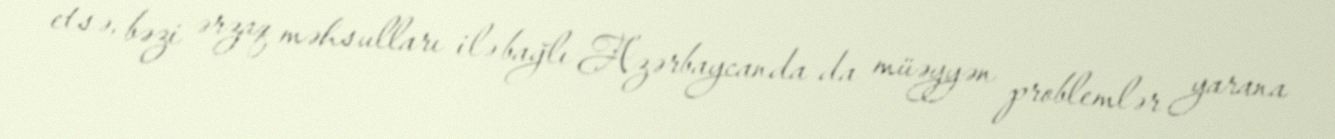
etsə, bəzi ərzaq məhsulları ilə bağlı Azərbaycanda da müəyyən problemlər yarana